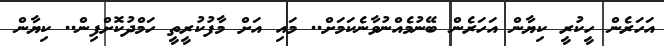
އަހަރެން ހީކުރީ ކިޔާން އަހަރެން ބޭނުމެއްނުވާނެކަމަށް.. މައި އަށް މާފުުކުރީތީ ހަމްދުކޮށްފިން.. ކިޔާން